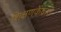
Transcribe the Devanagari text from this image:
शिक्षणकेंद्रात